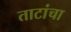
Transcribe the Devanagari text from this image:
ताटांचा